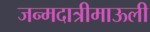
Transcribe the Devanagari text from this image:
जन्मदात्रीमाऊली